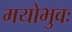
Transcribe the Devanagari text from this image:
मयोभुवः